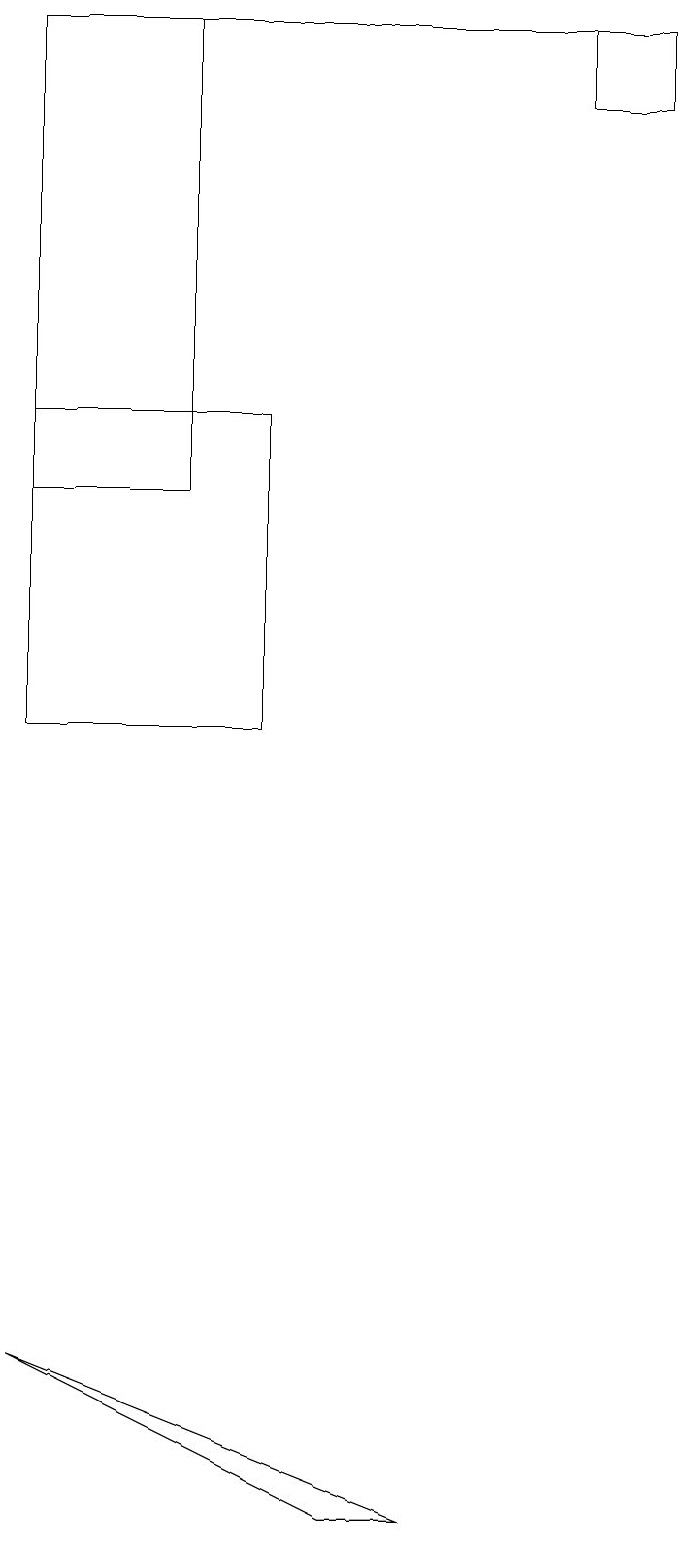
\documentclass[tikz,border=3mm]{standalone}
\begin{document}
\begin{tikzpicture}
\draw (2,19) rectangle (0,13);
\draw (7,18) rectangle (8,19);
\draw (5,0) -- (4,0) -- (0,2) -- cycle;
\draw (0,19) rectangle (7,19);
\draw (0,10) rectangle (3,14);
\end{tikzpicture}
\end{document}